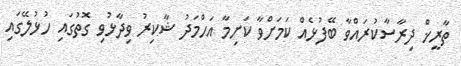
ތާރީޚް ދިރާސާކުރައްވާ ބޭފުޅެއް ކަމަށްވާ ކަށިމާ އަހްމަދު ޝާކިރު ވިދާޅުވި ގޮތުގައި ހުޅުލޭގައި